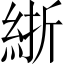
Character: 𬗗